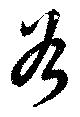
谷